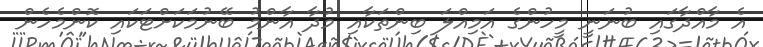
އެ މާއްދާގައި ބުނަނީ މީހުންގެ އަމިއްލަ ބިންތަކާއި މުދާ އާންމު ބޭނުމަކަށްޓަކައި ކޮންމެހެން